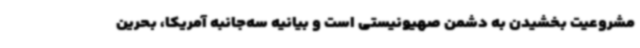
مشروعیت بخشیدن به دشمن صهیونیستی است و بیانیه سه‌جانبه آمریکا، بحرین